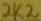
Text: 2K2